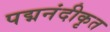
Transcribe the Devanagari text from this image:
पद्मनंदीकृत